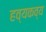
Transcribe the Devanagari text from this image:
हव्यकव्य